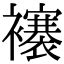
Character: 𧞼